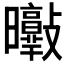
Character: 𣌘